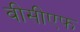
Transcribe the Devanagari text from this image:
वीसीएफ